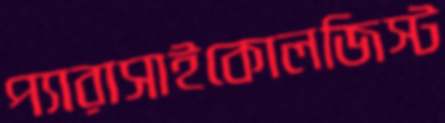
প্যারাসাইকোলজিস্ট